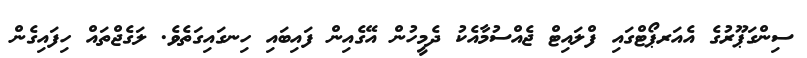
ސިންގަޕޫރުގެ އެއަރޕޯޓްގައި ފްލައިޓް ޖެއްސުމާއެކު ދެމީހުން އޭގެއިން ފައިބައި ހިނގައިގަތެވެ. ލަގެޖްތައް ހިފައިގެން